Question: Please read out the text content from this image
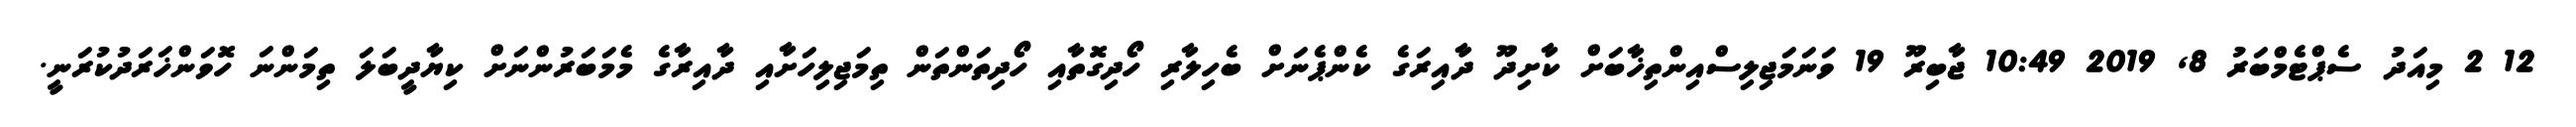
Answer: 12 2 މިއަދު ސެޕްޓެމްބަރު 8, 2019 10:49 ޖާބިރޫ 19 ވަނަމަޖިލިސްއިންތިޚާބަށް ކާށިދޫ ދާއިރަގެ ކެންޕެނަށް ބެހިލާރި ހޯދިގޮތާއި ހޯދިތަންތަން ތިމަޖިލިހަށާއި ދާއިރާގެ މެމަބަރުންނަށް ކިޔާދީބަލަ ތިމަންނަ ހޮވަންޚަރަދުކުރަނީ.